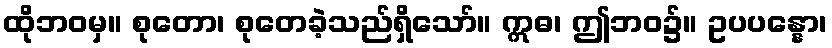
ထိုဘဝမှ။ စုတော၊ စုတေခဲ့သည်ရှိသော်။ ဣဓ၊ ဤဘဝ၌။ ဥပပန္နော၊